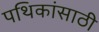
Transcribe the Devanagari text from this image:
पथिकांसाठी